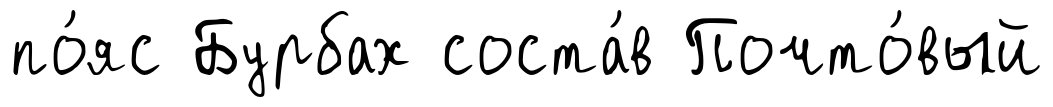
по́яс Бурбах соста́в Почто́вый